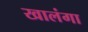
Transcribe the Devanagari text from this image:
खालंगा